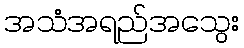
အသံအရည်အသွေး